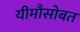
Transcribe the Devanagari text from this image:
यीमौसोबत